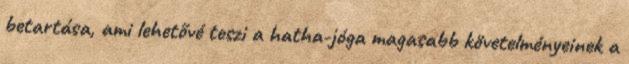
betartása, ami lehetővé teszi a hatha-jóga magasabb követelményeinek a